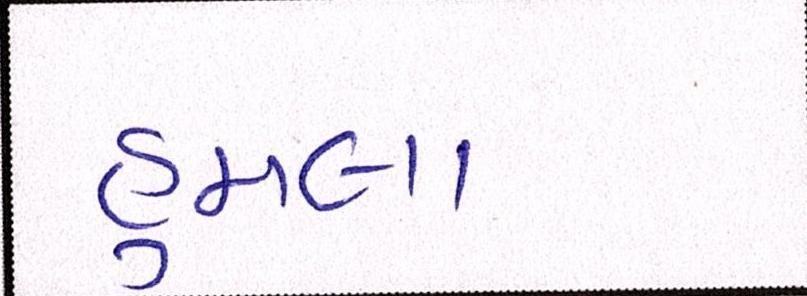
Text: હુમલા